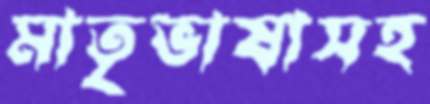
মাতৃভাষাসহ